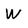
Character: W